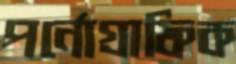
পর্নোগ্রাফিক